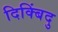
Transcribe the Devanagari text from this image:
दिक्बिंदु